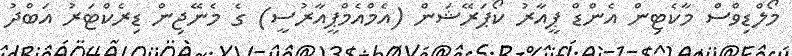
މޯލްޑިވްސް މާކެޓިން އެންޑް ޕީއާރު ކޯޕަރޭޝަން (އެމްއެމްޕީއާރުސީ) ގެ މެނޭޖިން ޑިރެކްޓަރު އަބްދު